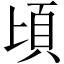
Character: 頃